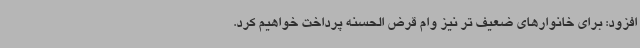
افزود: برای خانوارهای ضعیف تر نیز وام قرض الحسنه پرداخت خواهیم کرد.